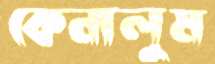
কেনালুম